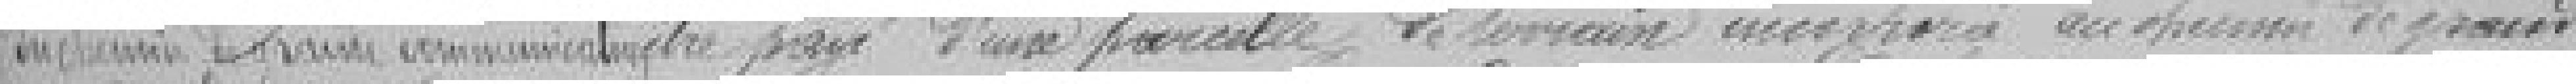
du chemin de grande communication être payé d'une parcelle de terrain au chemin de grande